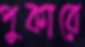
পুকারে